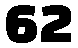
62